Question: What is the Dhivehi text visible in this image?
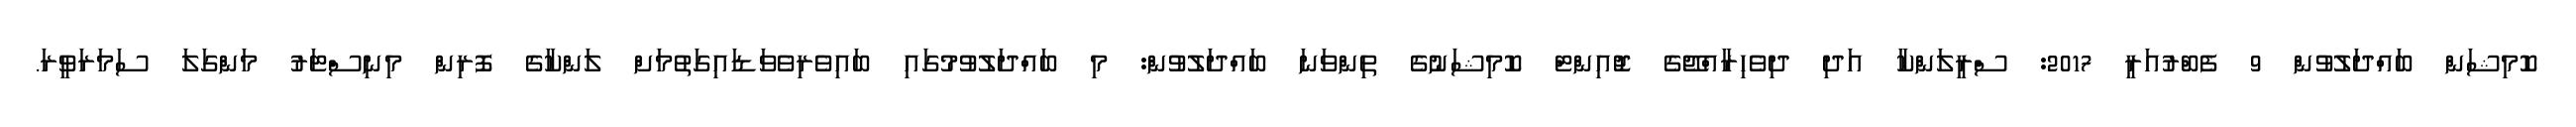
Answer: ކޮމިޝަން ބައްދަލުވުން 9 ފެބްރުއަރީ 2017: ސްރީލަންކާ އަދި ދިވެހިރާއްޖޭގެ ޖޮއިންޓް ކޮމިޝަނުގެ ތިންވަނަ ބައްދަލުވުން: މި ބައްދަލުވުމުގައި ބައިވެރިވެވަޑައިގަތުމަށް ލަންކާގެ ފޮރިން މިނިސްޓަރު މަންގަލަ ސަމަރަވީރަ.